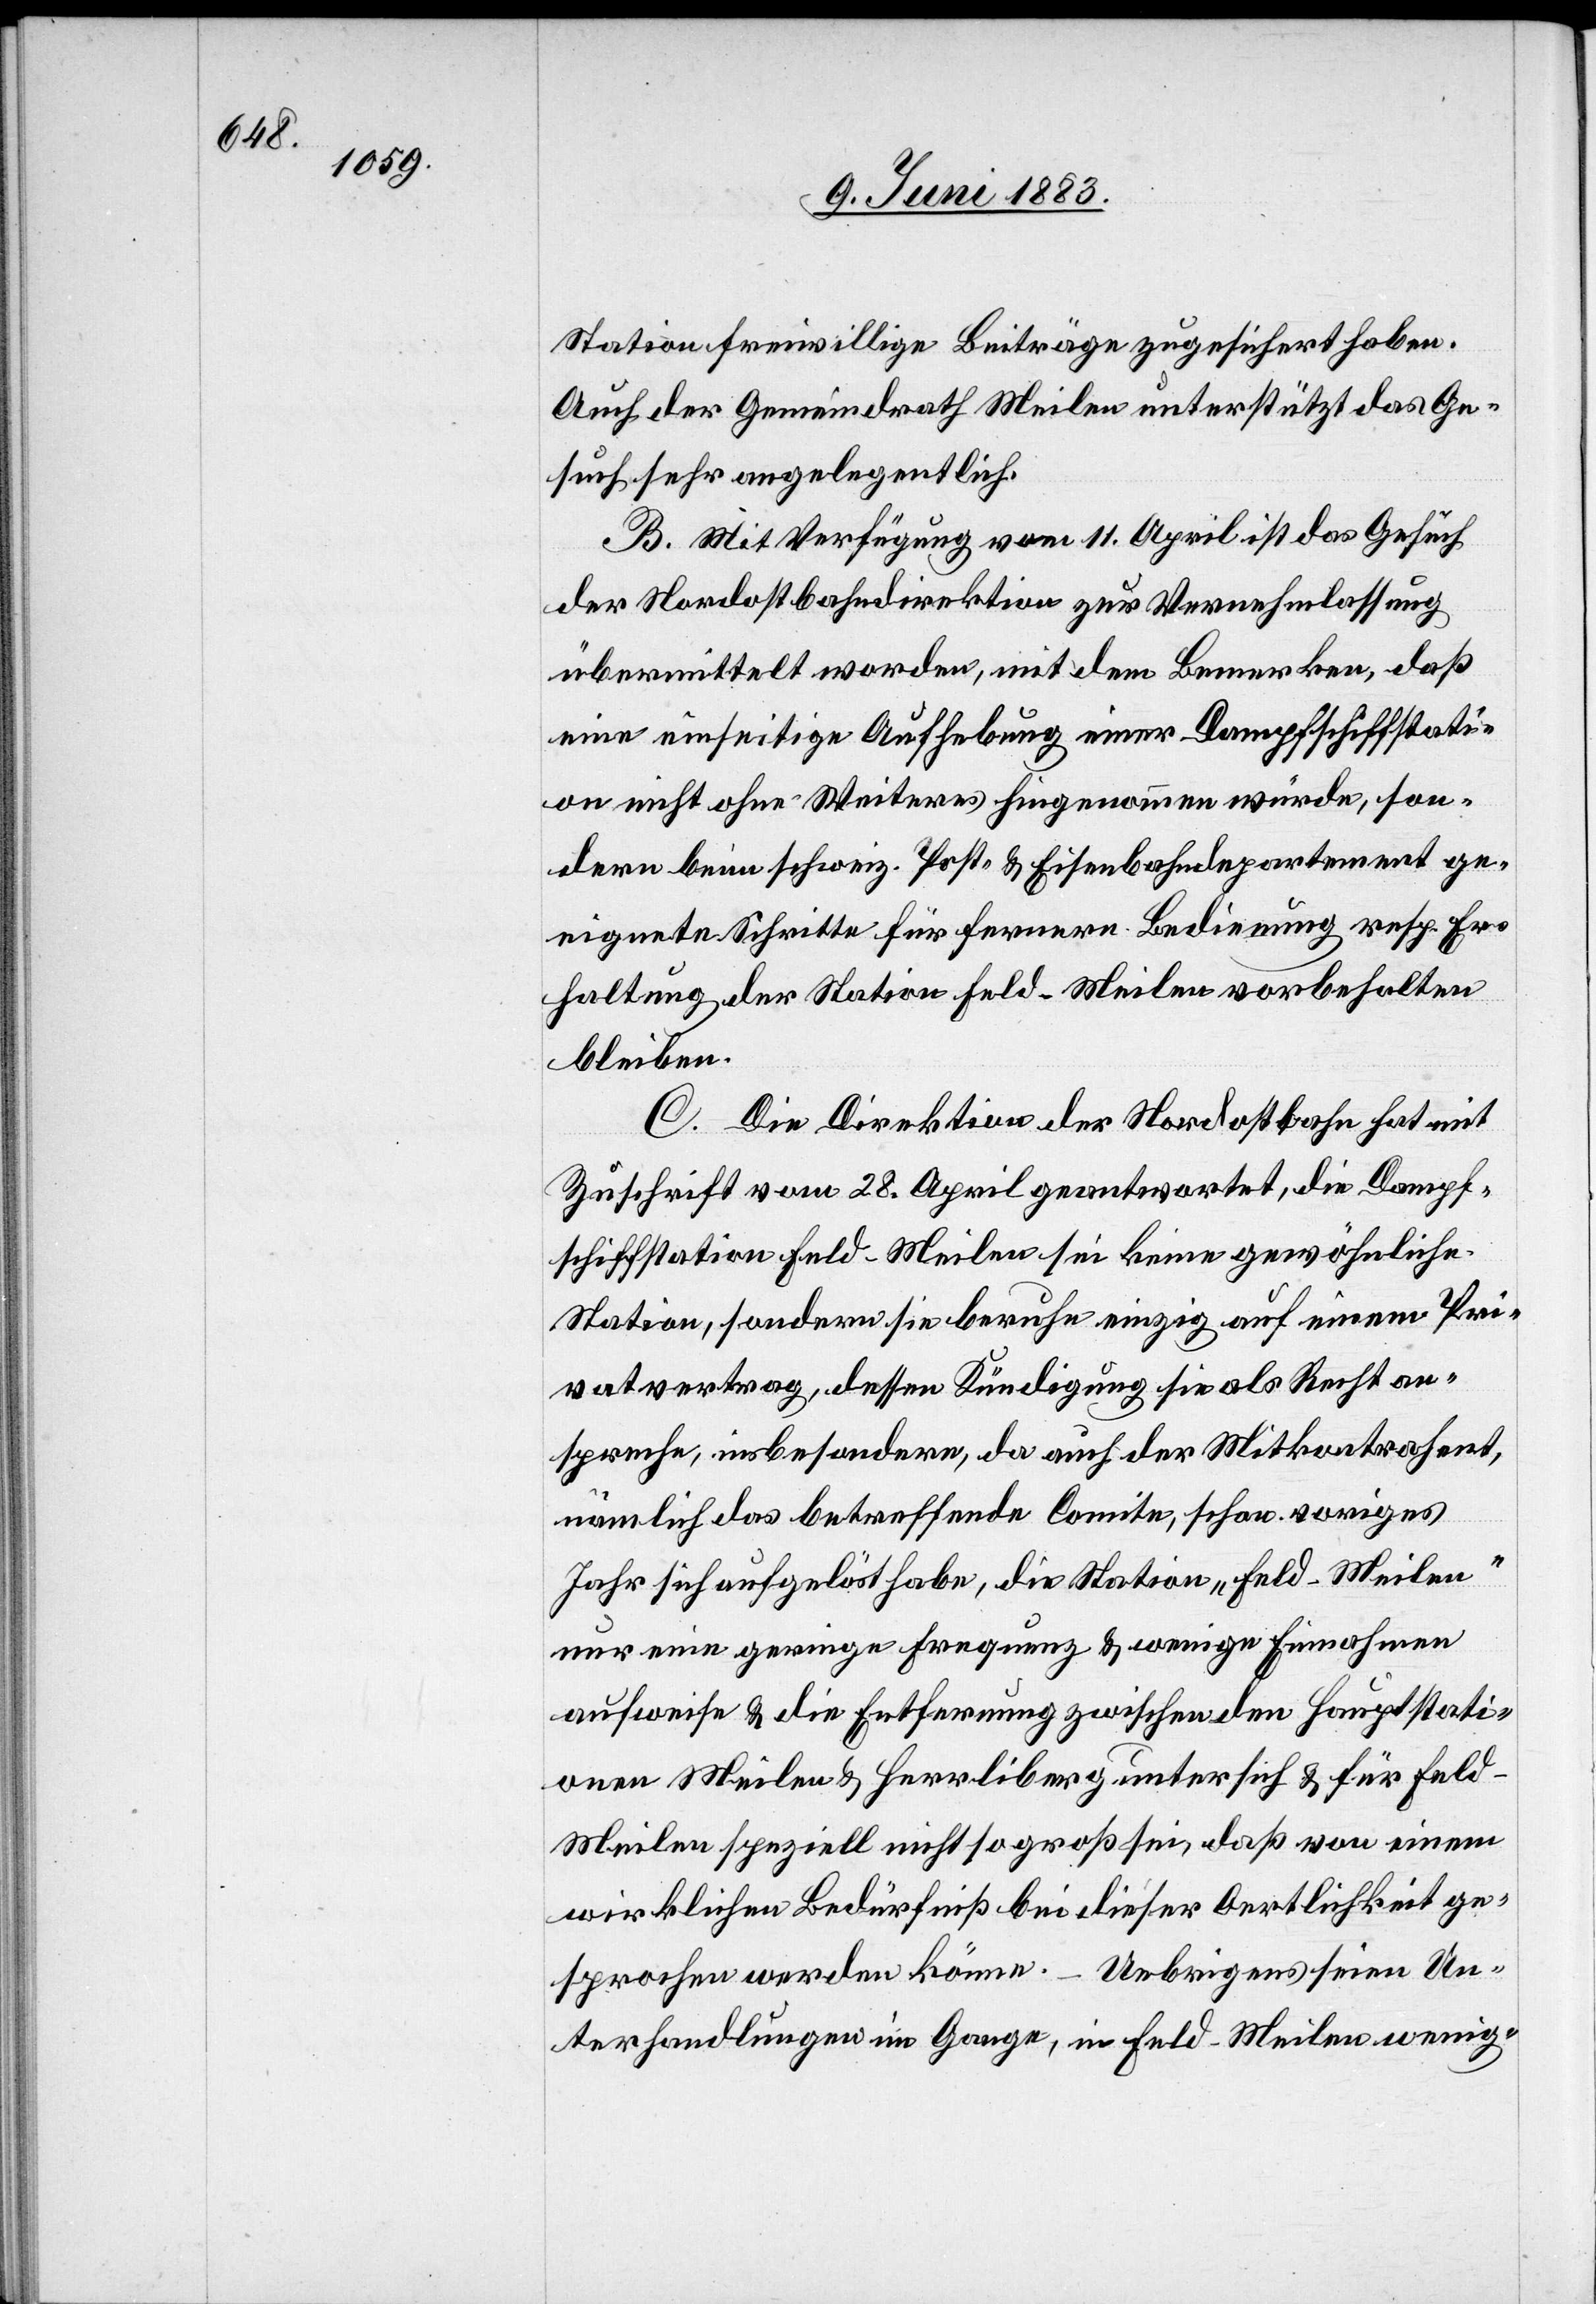
Station freiwillige Beiträge zugesichert haben.
Auch der Gemeindrath Meilen unterstützt das Ge¬
such sehr angelegentlich.
B. Mit Verfügung vom 11. April ist das Gesuch
der Nordostbahndirektion zur Vernehmlassung
übermittelt worden, mit dem Bemerken, daß
eine einseitige Aufhebung einer Dampfschiffstati¬
on nicht ohne Weiteres hingenommen würde, son¬
dern beim schweiz. Post- & Eisenbahndepartement gen¬
eigte Schritte für fernere Bedienung resp. Er¬
haltung der Station Feld-Meilen vorbehalten
bleiben.
C. Die Direktion der Nordostbahn hat mit
Zuschrift vom 28. April geantwortet, die Dampf¬
schiffstation Feld-Meilen sei keine gewöhnliche
Station, sondern sie beruhe einzig auf einem Pri¬
vatvertrag, dessen Kündigung sie als Recht an¬
spreche, insbesondere, da auch der Mitkontrahent,
nämlich das betreffende Comite, schon voriges
Jahr sich aufgelöst habe, die Station „Feld-Meilen"
nur eine geringe Frequenz & weniger Einnahmen
aufweise & die Entfernung zwischen den Hauptstati¬
onen Meilen & Herrliberg unter sich & für Feld-M¬
eilen speziell nicht so groß sei, daß von einem
wirklichen Bedürfniß bei dieser Oertlichkeit ge¬
sprochen werden könne. – Uebrigens seien Un¬
terhandlungen im Gange, in Feld-Meilen wenig-